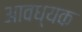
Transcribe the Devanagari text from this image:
आवध्यक